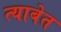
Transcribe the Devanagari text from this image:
त्याबेत